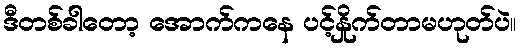
ဒီတစ်ခါတော့ အောက်ကနေ ပင့်နှိုက်တာမဟုတ်ပဲ။